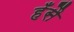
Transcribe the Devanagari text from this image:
हँसै